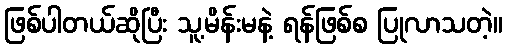
ဖြစ်ပါတယ်ဆိုပြီး သူ့မိန်းမနဲ့ ရန်ဖြစ်စ ပြုလာသတဲ့။